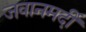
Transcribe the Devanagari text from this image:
जवानमर्दी